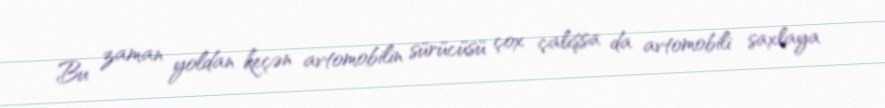
Bu zaman yoldan keçən avtomobilin sürücüsü çox çalışsa da avtomobili saxlaya